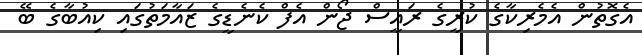
އެގޮތުން އެމެރިކާގެ ކުރީގެ ރައީސް ޖޯން އެފް ކެނެޑީގެ ޒައާމަތުގައި ކިއުބާގެ ބޭ